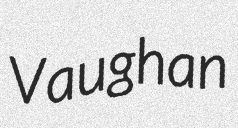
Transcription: Vaughan